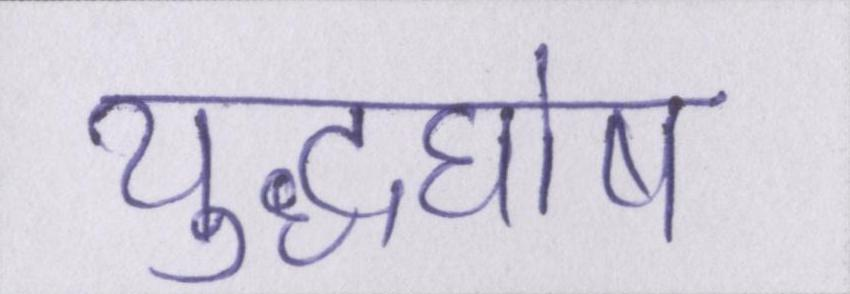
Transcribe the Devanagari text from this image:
युद्धघोष